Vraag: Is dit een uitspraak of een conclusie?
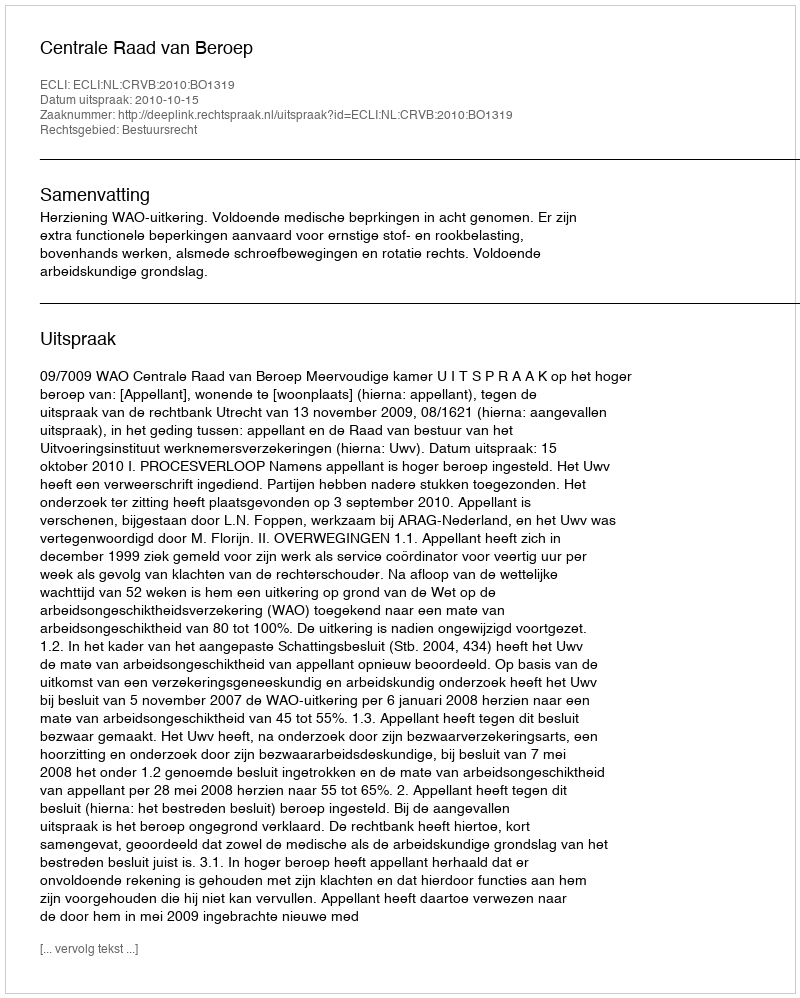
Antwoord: Uitspraak